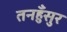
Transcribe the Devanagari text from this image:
तनहुँसुर